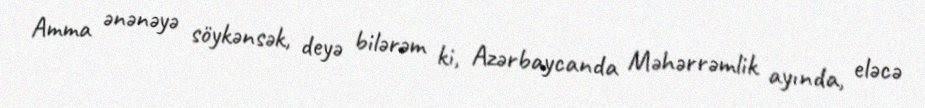
Amma ənənəyə söykənsək, deyə bilərəm ki, Azərbaycanda Məhərrəmlik ayında, eləcə